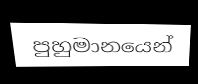
පුහුමානයෙන්